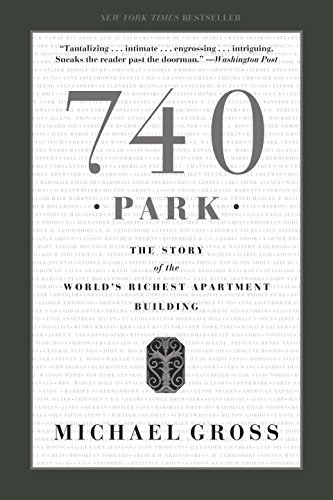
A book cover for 740 Park: The Story of the World's Richest Apartment Building; Michael Gross; Arts & Photography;